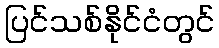
ပြင်သစ်နိုင်ငံတွင်